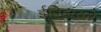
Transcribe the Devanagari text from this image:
ईतिहासमें